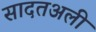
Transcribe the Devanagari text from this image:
सादतअली